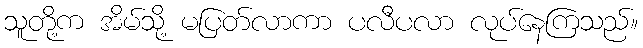
သူတို့က အိမ်သို့ မပြတ်လာကာ ပလီပလာ လုပ်နေကြသည်။